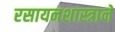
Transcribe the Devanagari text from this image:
रसायनशास्त्राने